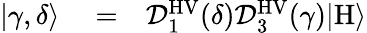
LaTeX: \begin{array}{rlr}{|\gamma,\delta\rangle}&{{}=}&{\mathcal{D}_{1}^{\mathrm{HV}}(\delta)\mathcal{D}_{3}^{\mathrm{HV}}(\gamma)|\mathrm{H}\rangle}\end{array}